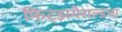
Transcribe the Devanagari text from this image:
फिट्झगेराल्डचा